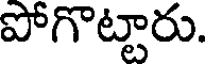
పోగొట్టారు.